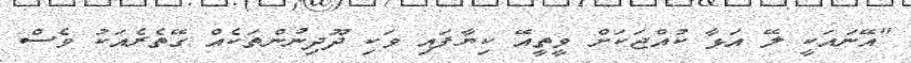
"އޭނައަކީ ލޭ އަޅާ ކުއްޖަކަށް ވީތީއޭ ކިޔާފައި ވަކި ދޫދިނުންތަކެއް ގޭތެރެއަކު ވެސް